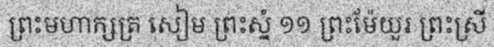
ព្រះមហាក្សត្រ សៀម ព្រះស្នំ ១១ ព្រះម៉ែយួរ ព្រះស្រី